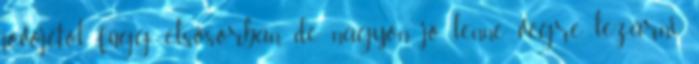
jövőjétől függ elsősorban, de nagyon jó lenne végre lezárni